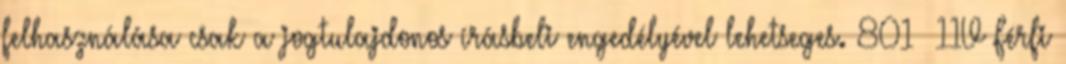
felhasználása csak a jogtulajdonos írásbeli engedélyével lehetseges. 801 11V Férfi